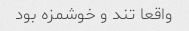
واقعا تند و خوشمزه بود